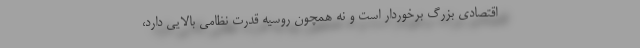
اقتصادی بزرگ برخوردار است و نه همچون روسیه قدرت نظامی بالایی دارد،